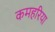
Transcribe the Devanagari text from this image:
कमहरिया